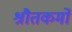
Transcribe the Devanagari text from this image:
श्रौतकर्मों